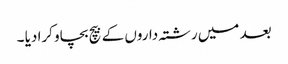
بعد میں رشتہ داروں کے بیچ بچاو کرا دیا ۔